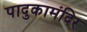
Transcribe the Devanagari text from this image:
पादुकामंदिर